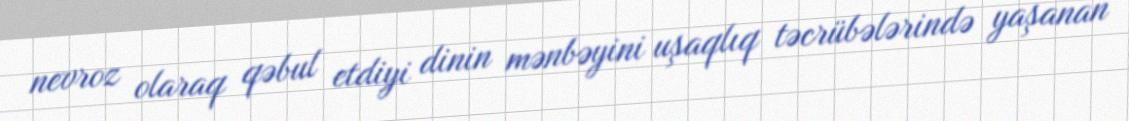
nevroz olaraq qəbul etdiyi dinin mənbəyini uşaqlıq təcrübələrində yaşanan